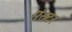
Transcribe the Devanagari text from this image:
मंसटर